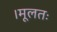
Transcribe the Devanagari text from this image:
।मूलतः